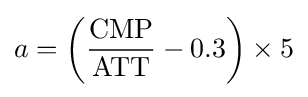
a=\left({{\text{CMP}} \over {\text{ATT}}}-0.3\right)\times 5